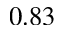
0 . 8 3